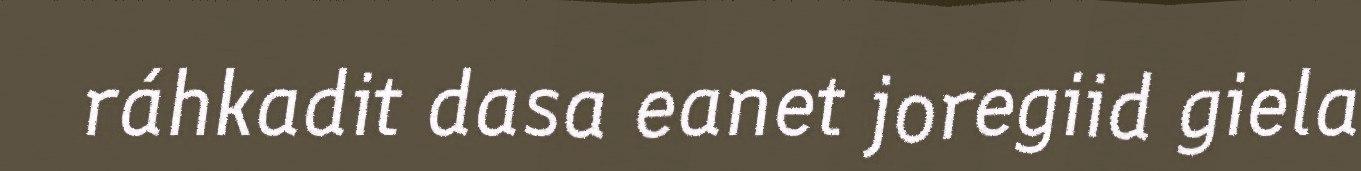
ráhkadit dasa eanet joregiid giela